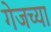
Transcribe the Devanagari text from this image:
गेजच्या